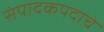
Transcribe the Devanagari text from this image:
संपादकपदाचे